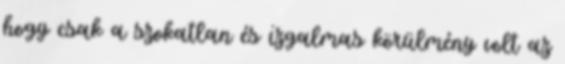
hogy csak a szokatlan és izgalmas körülmény volt az